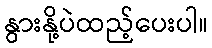
နွားနို့ပဲထည့်ပေးပါ။